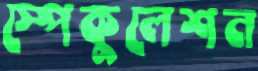
স্পেকুলেশন